Vana-Antsla_vallavalitsus, lk 146
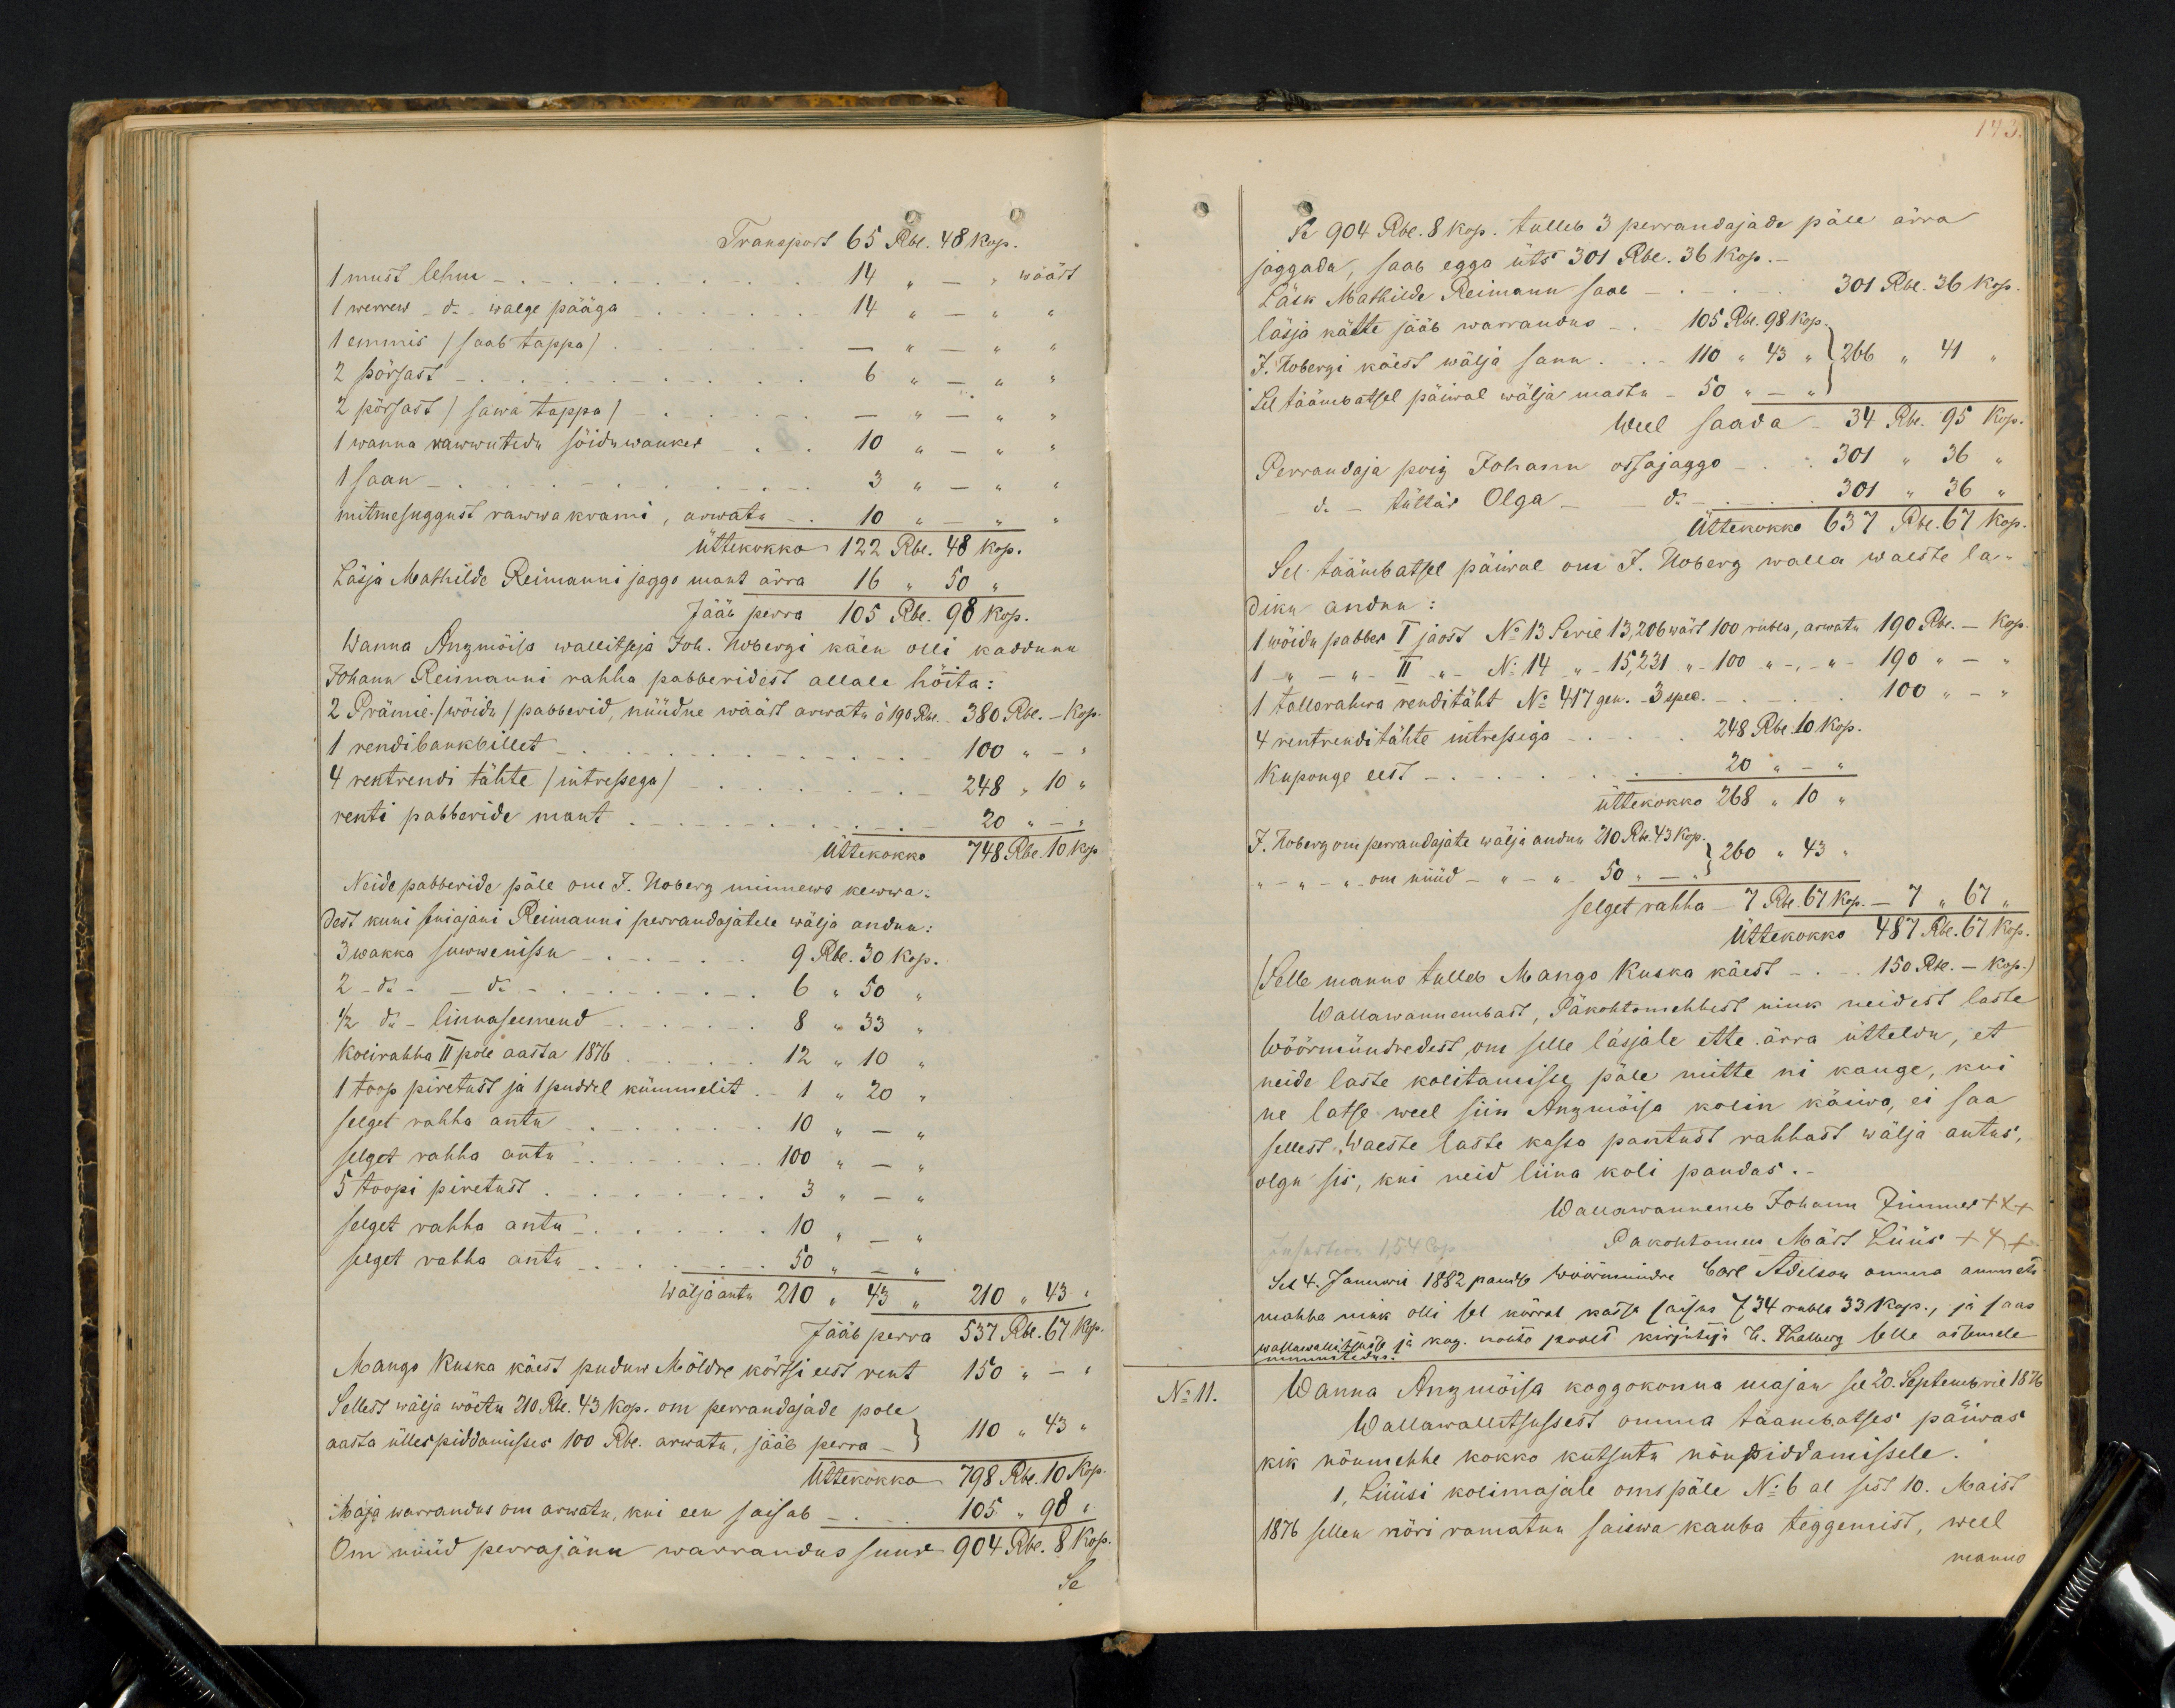
Transport 65 Rbl. 48 kop.
1 must lehm - 14 " - " wäärt
1 werrew - do. - walge pääga - 14 " - " "
1 emmis /saab tappa). - - " - " "
2 pörsast - 6 " - " "
2 põrsast (sawa tappa) - - " - " "
1 wanna rawwutedu söiduwanket - - 10 " - " "
1 saan - 3 " - " "
mitmesuggust rawwakrami, arwatu - 10 " - " "
üttekokko 132 Rbl. 48 kop.
Läsja Mathilde Reimanni jaggo mant ärra, 16 " 50 "
Jääb perra 105 Rbl. 98 kop.
Wanna Anzmõisa wallitseja Joh. Nobergi käen olli kaddunu
Johann Reimanni rahha pabberidest allale höita:
2 Prämie-/wöidu/ pabberid, nüüdne wäärt arwatu à  190 Rbl. 380 Rbl. - Kop.
1 rendibankbillet  -100 " - "
4 rentrendi tähte (intressega) - 248 " 10 "
renti paberide mant - 20 kop. " - "
Üttekokko 748 Rbl. 10 kop.
Neide pabberide päle om J. Noberg minnewa kewwa-
dest kuni seniajani Reimanni perrandajatele wälja andnu:
3 wakka suwwenissu - - 9 Rbl. 30 kop.
2 do - do  6 " 50 "
1/2 do - linnaseemend - - - 8 " 33 "
Kolirahha II pole aasta 1876 - - 12 " 10 "
1 toop piretust ja 1 puddel kümmelit - 1 " 20
selget rahha antu - 10 " -
selget rahha antu - 100 " -
5 toopi piretust - 3 " -
selget rahha antu - 10 " -
selget rahha antu - 50 " - "
Wäljaantu 210 " 43 " 210 " 43 "
Jääb perra 537 Rbl. 67 Kop
Mango Kuska käest puduw Möldre körtsi eest rent 150 " -
Sellest wälja wöetu 210 Rbl. 43 kop. om perrandajade pole
aasta üllespiddamisses 100 Rbl. arwatu, jääb perra - 110 " 43 "
Üttekokko 798 Rbl. 10 Kop.
Maja warrandus om arwatu, kui een saisab - - 105 " 98 "
Om nüüd perrajänu warrandus suur 904 Rbl. 8 Rop.
Se

Se 904 Rbl. 8 kop. tulleb 3 perrandajade päle ärra
jaggada, saab egga üts 301 Rbl. 36 kop.
Läsk Mathilde Reimann saab - - 301 Rbl. 36 kop.
läsja kätte jääb warrandus - 105 Rbl. 98 kop.
J. Kobergi käest wälja sanu - 110 " 43 " 266 " 41
Sel täämbatsel päiwal wälja mastu - 50 " - "
Weel saada - 34 Rbl. 95 Kop.
Perrandaja poig Johann ossajaggo - 310 " 36
do - tüttar Olga - - - 301 " 36 "
Üttekokko 637 Rbl. 67 Kop.
Sel täämbatsel päiwal om J. Noberg walla waeste la-
diku andnu:
1 wöidu pabber I jaost. No 13 Serie 13,206 wärt 100 rubla, arwatu 190 Rbl. - Kop.
1 - " - II " No 14 " 15,231 " 100 " - " 190 "
1 tallorahwa renditäht No 417 gen.- 3 spec. - 100 " - "
4 rentrenditähte intressiga - - 248 Rbl 10 kop.
Kuponge eest - - 20 " -
üttekokko 268 "10 "
J. Noberg om perrandajate wälja andnu 210 Rbl. 43 kop.
260 " 43 "
" - " - om nüüd -"- - " " 50 " - "
selget rahha 7 Rbl. 67 kop. - 7 " 67 "
Üttekokko 487 Rbl. 67 Kop.
Selle manno tulleb Mango Kuska käest - - 150 Rbl. - kop.
Wallawannembast, Päkohtomehhest nink neidest laste
Wöörmündredest om selle läsjale ette ärra ütteldu, et
neide laste kolitamisse päle mitte nii kauge, kui
ne latse weel siin Anzmöisa kolin käiwa, ei saa
sellest waeste laste kassa pantust rahhast wälja antus,
olgu sis, kui neid liina koli pandas.
Wallawannemb Johann Zimmer +++
Pakohtomees Märt Lüüs +++
Sell 4. Januaril 1882 pand wöörmündre Carl Adelson omma ammeti
mahha nink olli sel körral katse seisus 734 rubla 33 kop., ja saas
wastawallitsuse ja kog. kohto poolt kirjutaja H. Thalberg selle assemele
nimmitedus
No 11.
Wanna Anzmõisa koggokonna majan see 20. Septembril 1876
Wallawalitsusest omma täämbatses päiwas
kik nõumehhe kokko kutsutu nöupiddamisele.
1, Lüüsi kolimajale omapäle No 6 al sest 10. Maist
1876 sellen nöri ramatun saiswa kauba teggemist, weel
manno